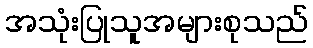
အသုံးပြုသူအများစုသည်